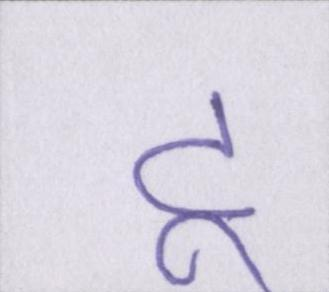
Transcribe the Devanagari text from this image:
टू